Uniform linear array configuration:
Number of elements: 8
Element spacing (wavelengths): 0.25
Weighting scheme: hann
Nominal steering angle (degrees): -15
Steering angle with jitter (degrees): -13.466
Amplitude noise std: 0.05
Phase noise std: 0.05

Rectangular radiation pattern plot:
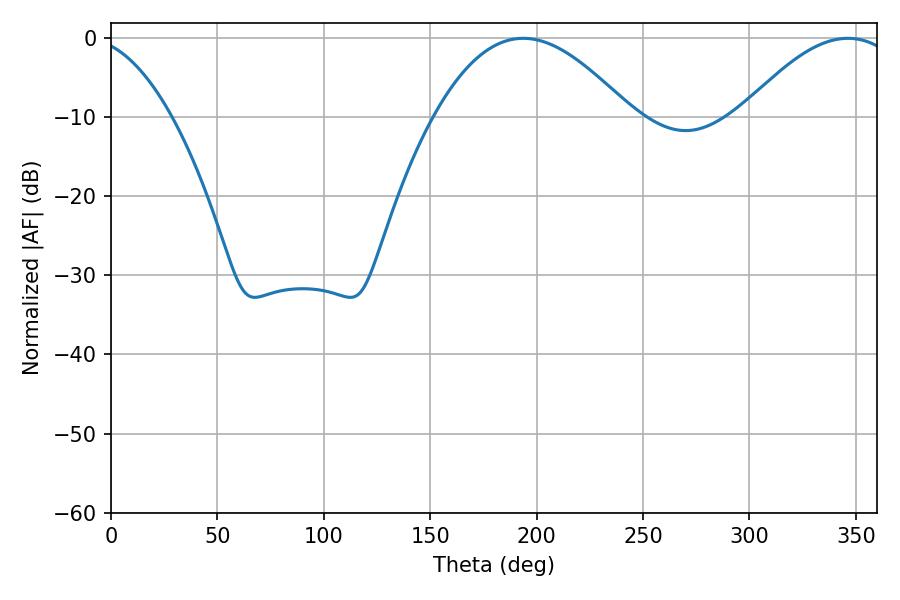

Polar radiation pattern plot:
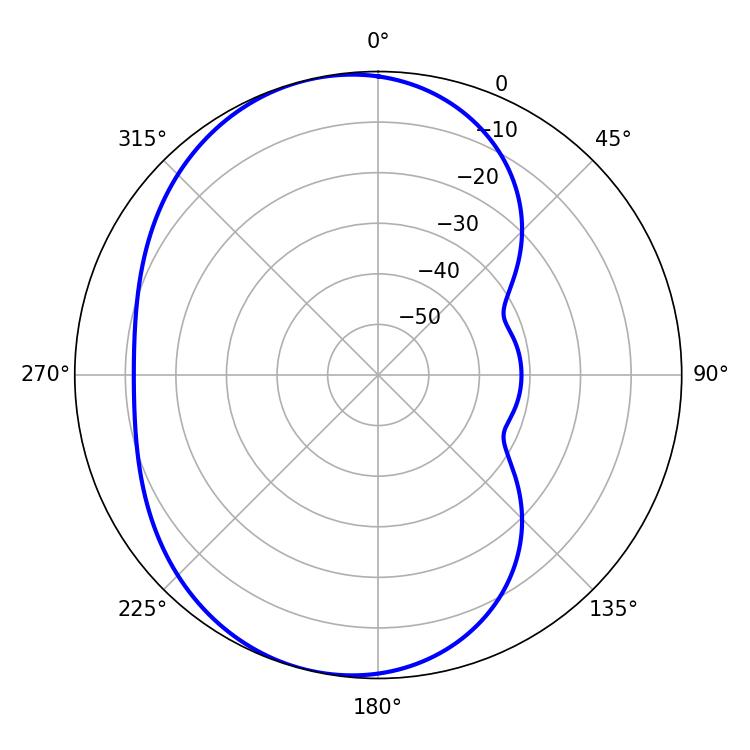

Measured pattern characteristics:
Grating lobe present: FALSE
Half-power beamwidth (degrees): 50.4
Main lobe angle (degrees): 193.68